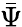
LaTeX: \bar{\Psi}